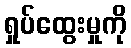
ရှုပ်ထွေးမှုကို